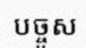
បច្ចូស